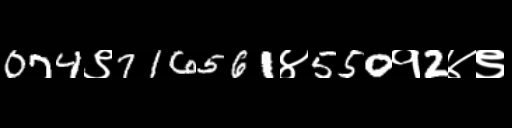
Text: 074९716561४550१2४९